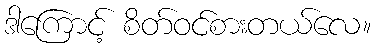
ဒါကြောင့် စိတ်ဝင်စားတယ်လေ။